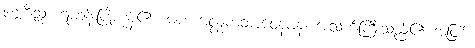
ပဗ္ဗဇိံသု၊ ရဟန်းပြုကုန်၏။ မဟကလ္လကဘာဝေနပန၊ အသက်ကြီးသည်၏ အဖြစ်